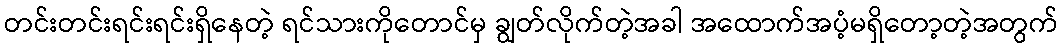
တင်းတင်းရင်းရင်းရှိနေတဲ့ ရင်သားကိုတောင်မှ ချွတ်လိုက်တဲ့အခါ အထောက်အပံ့မရှိတော့တဲ့အတွက်